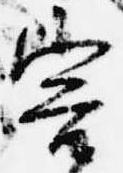
害